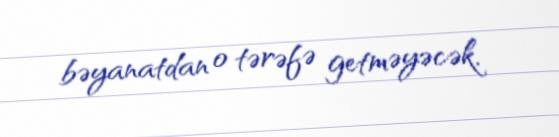
bəyanatdan o tərəfə getməyəcək.